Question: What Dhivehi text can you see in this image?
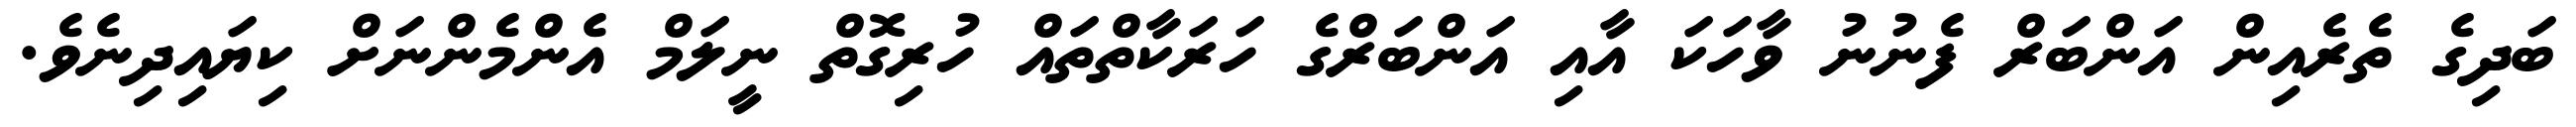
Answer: ބަދިގެ ތެރެއިން އަންބަރް ފެނުނު ވާހަކަ އާއި އަންބަރްގެ ހަރަކާތްތައް ހުރިގޮތް ނީލަމް އެންމެންނަށް ކިޔައިދިނެވެ.